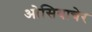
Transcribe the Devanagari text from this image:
ओसियाचेर